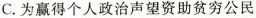
C. 为赢得个人政治声望资助贫穷公民